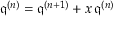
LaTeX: { \mathfrak { q } } ^ { ( n ) } = { \mathfrak { q } } ^ { ( n + 1 ) } + x \, { \mathfrak { q } } ^ { ( n ) }